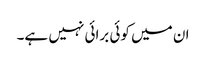
ان میں کوئی برائی نہیں ہے۔